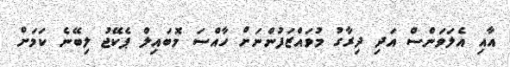
އާއި އެލަވަންސް އަދި ދިރާގު މުވައްޒަފުންނަށް ހާއްސަ މޮބައިލް ޕެކޭޖު ލިބޭނެ ކަމަށް